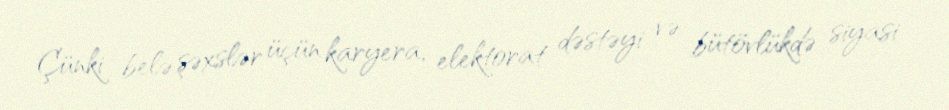
Çünki belə şəxslər üçün karyera, elektorat dəstəyi və bütövlükdə siyasi